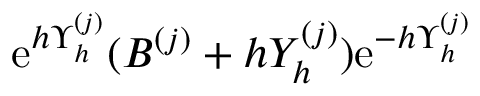
\ensuremath { \mathrm { e } } ^ { h \Upsilon _ { h } ^ { ( j ) } } ( B ^ { ( j ) } + h Y _ { h } ^ { ( j ) } ) \ensuremath { \mathrm { e } } ^ { - h \Upsilon _ { h } ^ { ( j ) } }